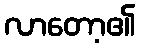
လာတော့၏